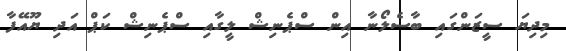
މިދިޔަ ސީޒަންގައި ބާސެލޯނާ އިން ސްޕެނިޝް ލީގާއި ސްޕެނިޝް ކަޕް އަދި ޔޫއޭފާ